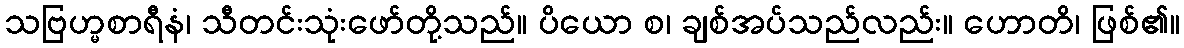
သဗြဟ္မစာရီနံ၊ သီတင်းသုံးဖော်တို့သည်။ ပိယော စ၊ ချစ်အပ်သည်လည်း။ ဟောတိ၊ ဖြစ်၏။